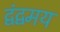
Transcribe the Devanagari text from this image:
द्वंद्वमय